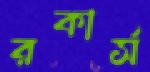
রকার্স